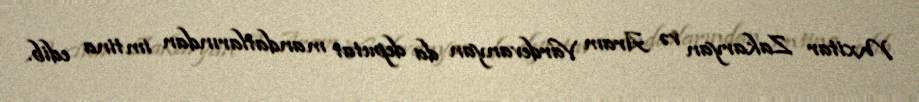
Mxitar Zakaryan və Aram Vardevanyan da deputat mandatlarından imtina edib.